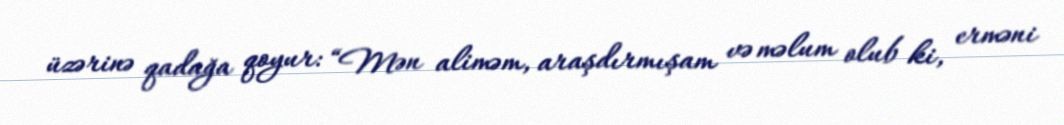
üzərinə qadağa qoyur: “Mən aliməm, araşdırmışam və məlum olub ki, erməni